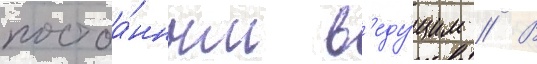
постоа́нным в'еду́щим // В